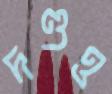
দণ্ডও